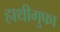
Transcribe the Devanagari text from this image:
हाथीगुफा